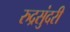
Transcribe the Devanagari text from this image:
रुद्रसुंदरी